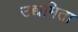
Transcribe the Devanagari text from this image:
उद्यमिता